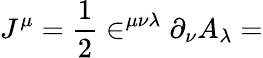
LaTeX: J^{\mu}=\frac 12\in^{\mu\nu\lambda}\partial_{\nu}A_{\lambda}=